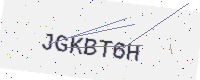
Text: JGKBT6H